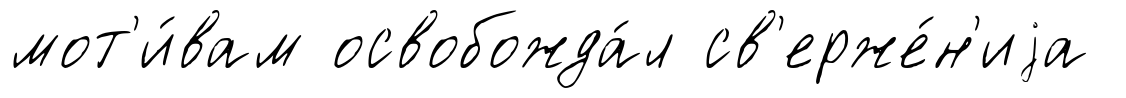
мот'и́вам освобожда́л св'ерже́н'иjа